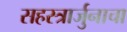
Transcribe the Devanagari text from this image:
सहस्त्रार्जुनाचा